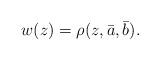
LaTeX: \begin{align*} w (z)=\rho(z,\bar a,\bar b). \end{align*}